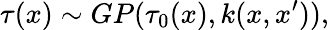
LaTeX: \tau(x)\sim GP(\tau_{0}(x),k(x,x^{\prime})),